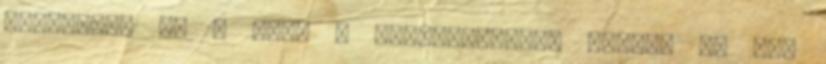
hessegeti el a lány a megjegyzését. Mintha az nem